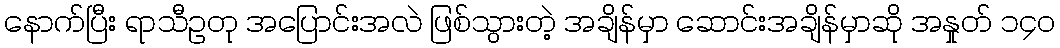
နောက်ပြီး ရာသီဥတု အပြောင်းအလဲ ဖြစ်သွားတဲ့ အချိန်မှာ ဆောင်းအချိန်မှာဆို အနှုတ် ၁၄၀